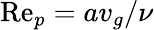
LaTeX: \mathrm{Re}_{p}=av_{g}/\nu